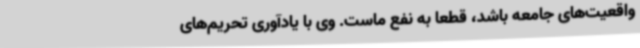
واقعیت‌های جامعه باشد، قطعاً به نفع ماست. وی با یادآوری تحریم‌های